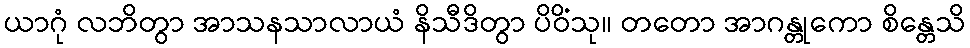
ယာဂုံ လဘိတွာ အာသနသာလာယံ နိသီဒိတွာ ပိဝိံသု။ တတော အာဂန္တုကော စိန္တေသိ